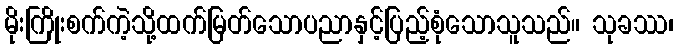
မိုးကြိုးစက်ကဲ့သို့ထက်မြတ်သောပညာနှင့်ပြည့်စုံသောသူသည်။ သုခဿ၊